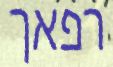
רפאך